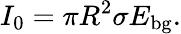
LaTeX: I_{0}=\pi R^{2}\sigma E_{\mathrm{bg}}.